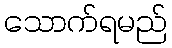
သောက်ရမည်